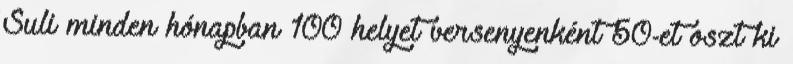
Suli minden hónapban 100 helyet versenyenként 50-et oszt ki